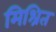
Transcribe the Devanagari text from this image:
मिश्रित